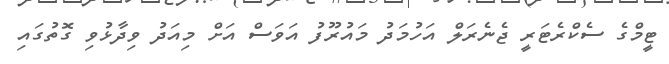
ޓީމްގެ ސެކްރެޓަރީ ޖެނެރަލް އަހުމަދު މައުރޫފު އަވަސް އަށް މިއަދު ވިދާޅުވި ގޮތުގައި